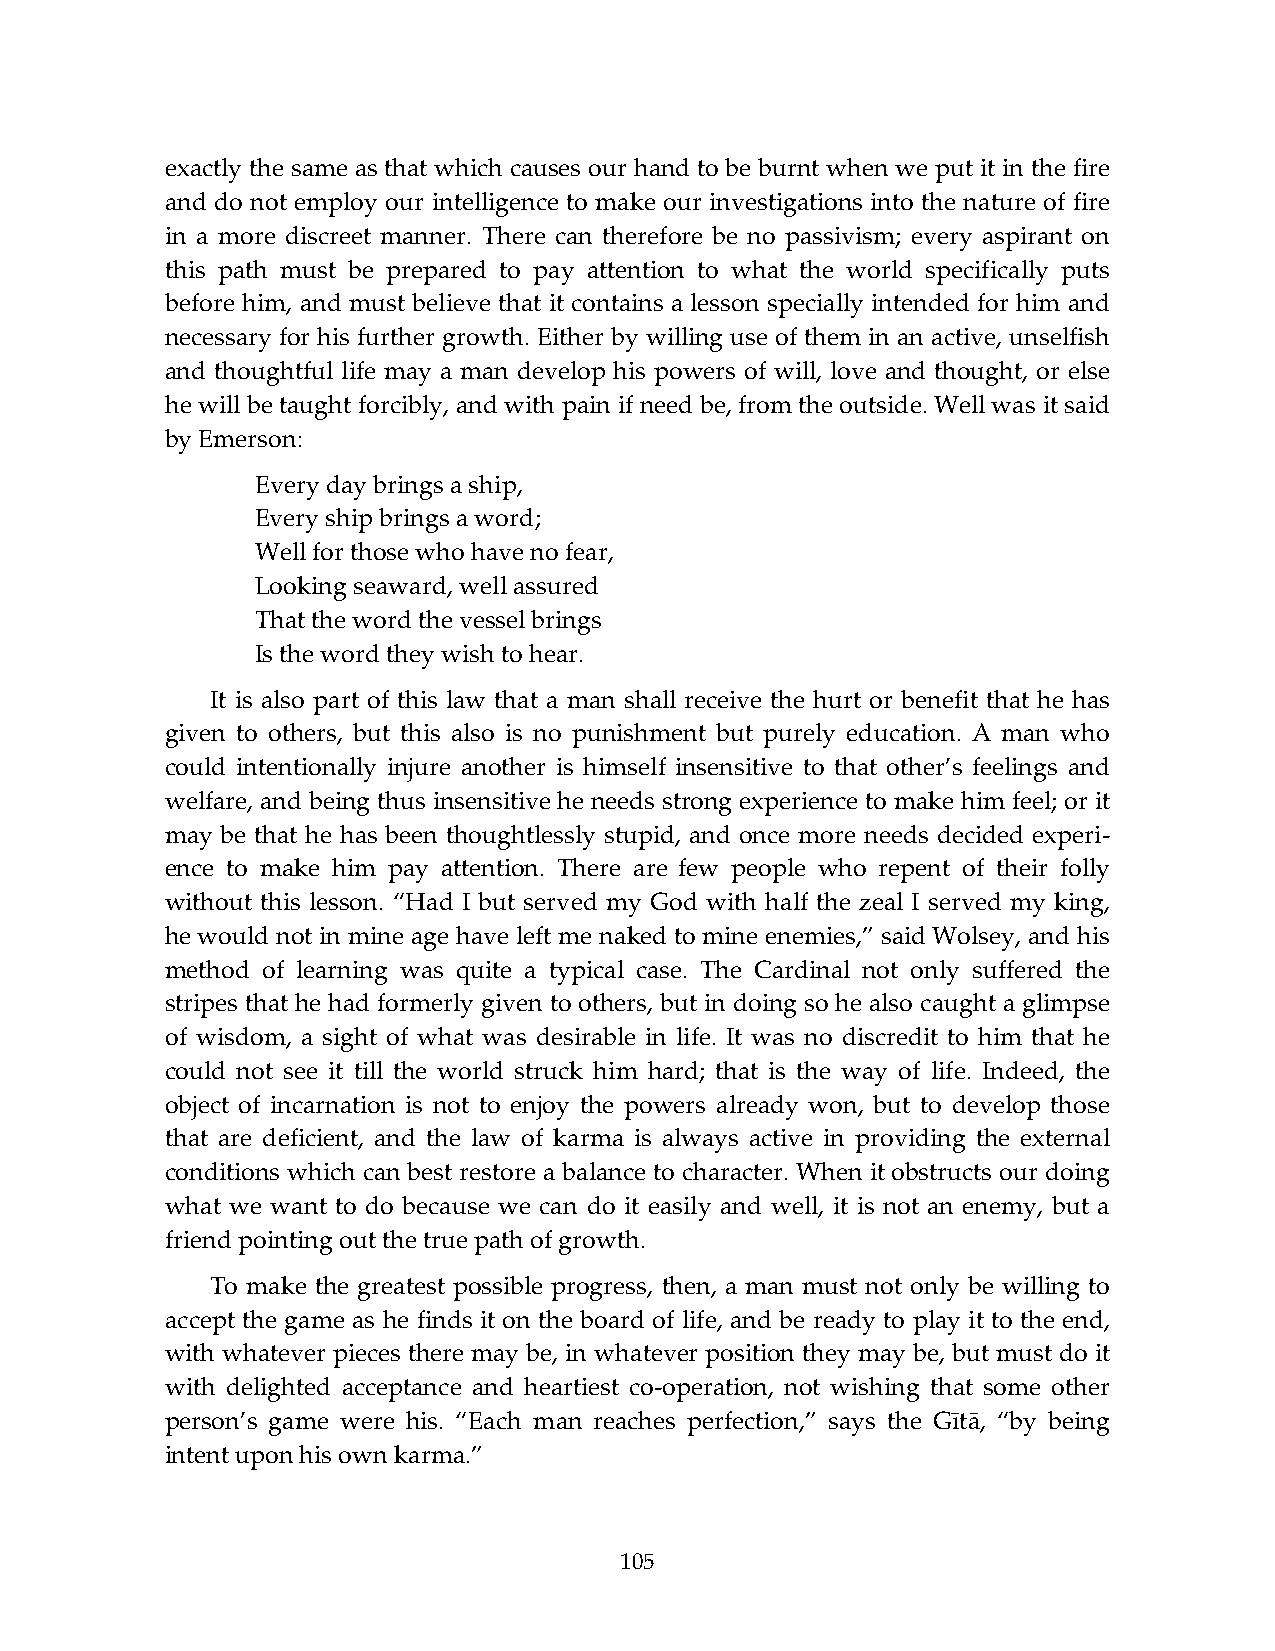
exactly the same as that which causes our hand to be burnt when we put it in the fire
 and do not employ our intelligence to make our investigations into the nature of fire
 in a more discreet manner. There can therefore be no passivism; every aspirant on
 this path must be prepared to pay attention to what the world specifically puts
 before him, and must believe that it contains a lesson specially intended for him and
 necessary for his further growth. Either by willing use of them in an active, unselfish
 and thoughtful life may a man develop his powers of will, love and thought, or else
 he will be taught forcibly, and with pain if need be, from the outside. Well was it said
 by Emerson:
 Every day brings a ship,
 Every ship brings a word;
 Well for those who have no fear,
 Looking seaward, well assured
 That the word the vessel brings
 Is the word they wish to hear.
 It is also part of this law that a man shall receive the hurt or benefit that he has
 given to others, but this also is no punishment but purely education. A man who
 could intentionally injure another is himself insensitive to that other’s feelings and
 welfare, and being thus insensitive he needs strong experience to make him feel; or it
 may be that he has been thoughtlessly stupid, and once more needs decided experi-
 ence to make him pay attention. There are few people who repent of their folly
 without this lesson. “Had I but served my God with half the zeal I served my king,
 he would not in mine age have left me naked to mine enemies,” said Wolsey, and his
 method of learning was quite a typical case. The Cardinal not only suffered the
 stripes that he had formerly given to others, but in doing so he also caught a glimpse
 of wisdom, a sight of what was desirable in life. It was no discredit to him that he
 could not see it till the world struck him hard; that is the way of life. Indeed, the
 object of incarnation is not to enjoy the powers already won, but to develop those
 that are deficient, and the law of karma is always active in providing the external
 conditions which can best restore a balance to character. When it obstructs our doing
 what we want to do because we can do it easily and well, it is not an enemy, but a
 friend pointing out the true path of growth.
 To make the greatest possible progress, then, a man must not only be willing to
 accept the game as he finds it on the board of life, and be ready to play it to the end,
 with whatever pieces there may be, in whatever position they may be, but must do it
 with delighted acceptance and heartiest co-operation, not wishing that some other
 person’s game were his. “Each man reaches perfection,” says the Gītā, “by being
 intent upon his own karma.”
 105